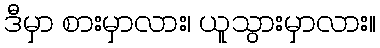
ဒီမှာ စားမှာလား၊ ယူသွားမှာလား။